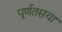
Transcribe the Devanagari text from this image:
पूर्णतसया